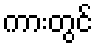
ကားတွင်